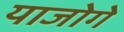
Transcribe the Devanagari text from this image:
याजोगे